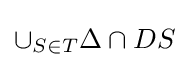
\cup _{S\in T}\Delta \cap DS